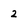
Character: 2